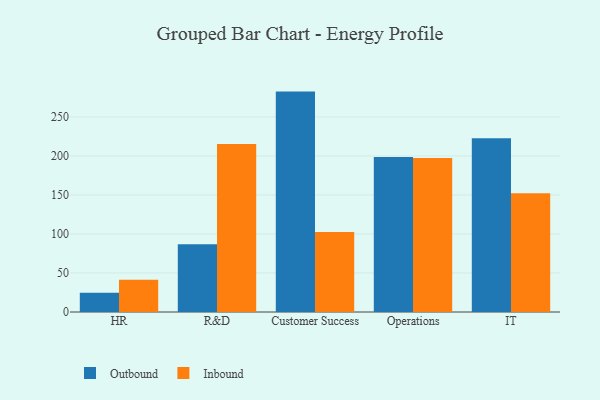
{"axis": {"x": "Department", "y": "Temperature (°C)"}, "legend": ["Inbound", "Outbound"], "data": [{"x": "HR", "y": 24.7, "type": "Outbound"}, {"x": "HR", "y": 41.3, "type": "Inbound"}, {"x": "R&D", "y": 86.7, "type": "Outbound"}, {"x": "R&D", "y": 215.2, "type": "Inbound"}, {"x": "Customer Success", "y": 282.5, "type": "Outbound"}, {"x": "Customer Success", "y": 102.4, "type": "Inbound"}, {"x": "Operations", "y": 198.8, "type": "Outbound"}, {"x": "Operations", "y": 197.4, "type": "Inbound"}, {"x": "IT", "y": 222.6, "type": "Outbound"}, {"x": "IT", "y": 152.3, "type": "Inbound"}]}